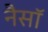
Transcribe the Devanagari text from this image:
नैसॉ